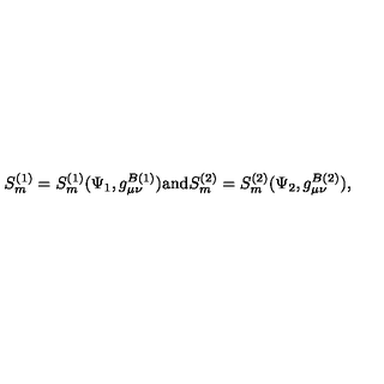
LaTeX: S _ { m } ^ { ( 1 ) } = S _ { m } ^ { ( 1 ) } ( \Psi _ { 1 } , g _ { \mu \nu } ^ { B ( 1 ) } ) \mathrm { a n d } S _ { m } ^ { ( 2 ) } = S _ { m } ^ { ( 2 ) } ( \Psi _ { 2 } , g _ { \mu \nu } ^ { B ( 2 ) } ) ,